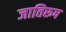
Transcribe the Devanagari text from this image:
जातिरूप